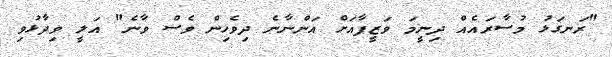
"ރަނގަޅު މުސާރައެއް ދިނީމަ ވަޒީފާއަށް އަންނާނެ ދިވެހިން ވެސް ވާނެ" އަލީ ވިދާޅުވި